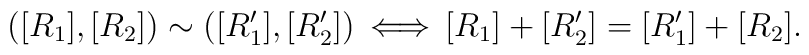
([R_1],[R_2])\sim([R'_1],[R'_2])\,\Longleftrightarrow\,[R_1]+[R'_2]=[R'_1]+[R_2].